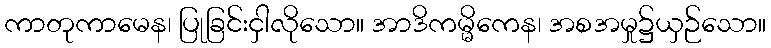
ကာတုကာမေန၊ ပြုခြင်းငှါလိုသော။ အာဒိကမ္မိကေန၊ အစအမှု၌ယှဉ်သော။